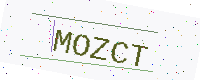
Text: MOZCT